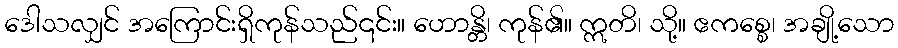
ဒေါသလျှင် အကြောင်းရှိကုန်သည်၎င်း။ ဟောန္တိ၊ ကုန်၏။ ဣတိ၊ သို့။ ဧကစ္စေ၊ အချို့သော